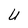
Character: u